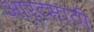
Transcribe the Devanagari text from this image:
आर्टसाठी